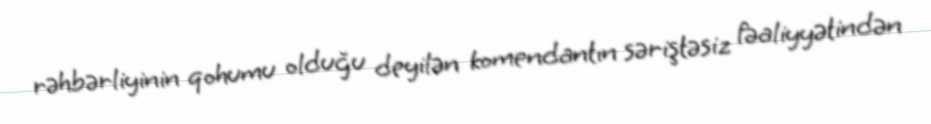
rəhbərliyinin qohumu olduğu deyilən komendantın səriştəsiz fəaliyyətindən